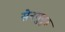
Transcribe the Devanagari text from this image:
सेनगुनुरु